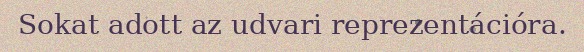
Sokat adott az udvari reprezentációra.